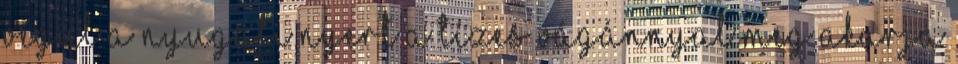
végül a Nyugati nyert a tízes vágánnyal meg akarja